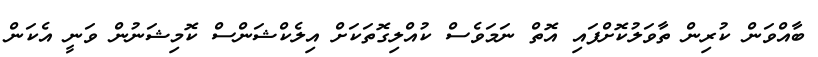
ބާއްވަން ކުރިން ތާވަލުކޮށްފައި އޮތް ނަމަވެސް ކުއްލިގޮތަކަށް އިލެކްޝަންސް ކޮމިޝަނުން ވަނީ އެކަން